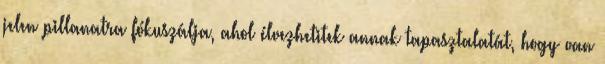
jelen pillanatra fókuszálja, ahol élvezhetitek annak tapasztalatát, hogy van